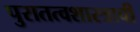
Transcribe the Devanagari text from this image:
पुरातत्वशास्त्राची